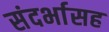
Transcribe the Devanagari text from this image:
संदर्भासह